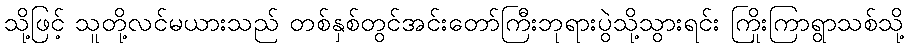
သို့ဖြင့် သူတို့လင်မယားသည် တစ်နှစ်တွင်အင်းတော်ကြီးဘုရားပွဲသို့သွားရင်း ကြိုးကြာရွာသစ်သို့